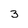
Character: 3